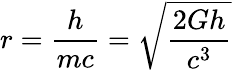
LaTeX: r={\frac{h}{mc}}={\sqrt{\frac{2Gh}{c^{3}}}}